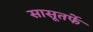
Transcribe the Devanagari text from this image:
सासूतर्फे